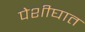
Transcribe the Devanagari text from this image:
पेशीघात